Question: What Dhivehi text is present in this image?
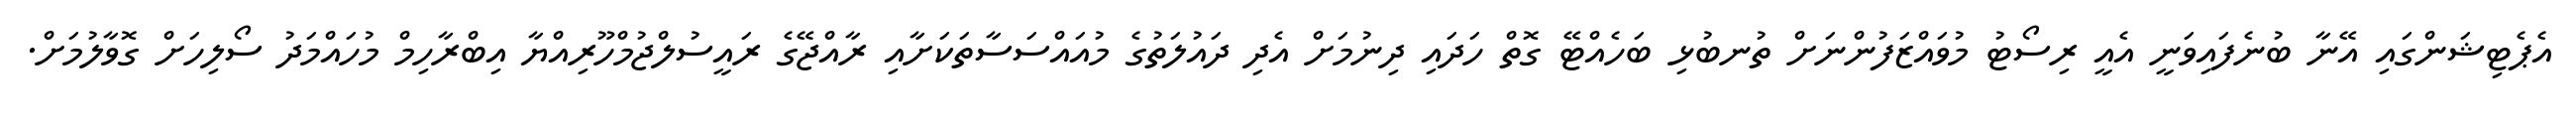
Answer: އެޕެޓިޝަންގައި އޭނާ ބުނެފައިވަނީ އެއީ ރިސޯޓު މުވައްޒަފުންނަށް ތުނބުޅި ބަހެއްޓޭ ގޮތް ހަދައި ދިނުމަށް އެދި ދައުލަތުގެ މުއައްސަސާތަކަށާއި ރާއްޖޭގެ ރައީސުލްޖުމްހޫރިއްޔާ އިބްރާހިމް މުހައްމަދު ސޯލިހަށް ގޮވާލުމަށް.